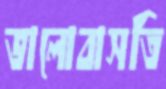
ভালোবাসতি